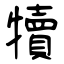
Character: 犢